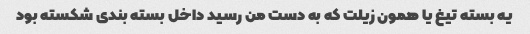
یه بسته تیغ یا همون زیلت که به دست من رسید داخل بسته بندی شکسته بود